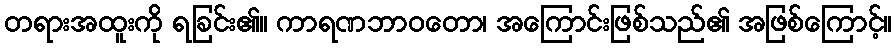
တရားအထူးကို ရခြင်း၏။ ကာရဏဘာဝတော၊ အကြောင်းဖြစ်သည်၏ အဖြစ်ကြောင့်။